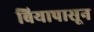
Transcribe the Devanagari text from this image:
बियापासून